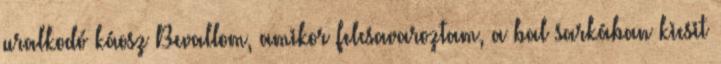
uralkodó káosz Bevallom, amikor felcsavaroztam, a bal sarkában kicsit